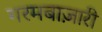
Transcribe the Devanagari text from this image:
गरमबाज़ारी